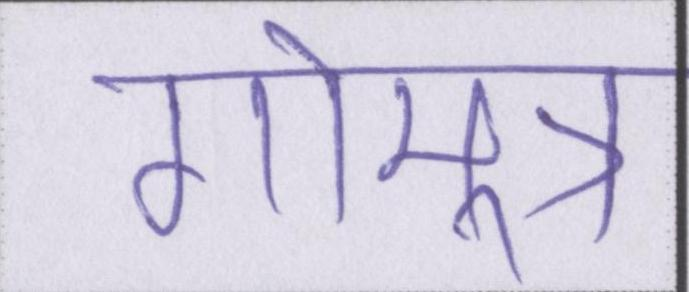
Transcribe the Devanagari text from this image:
गोमूत्र